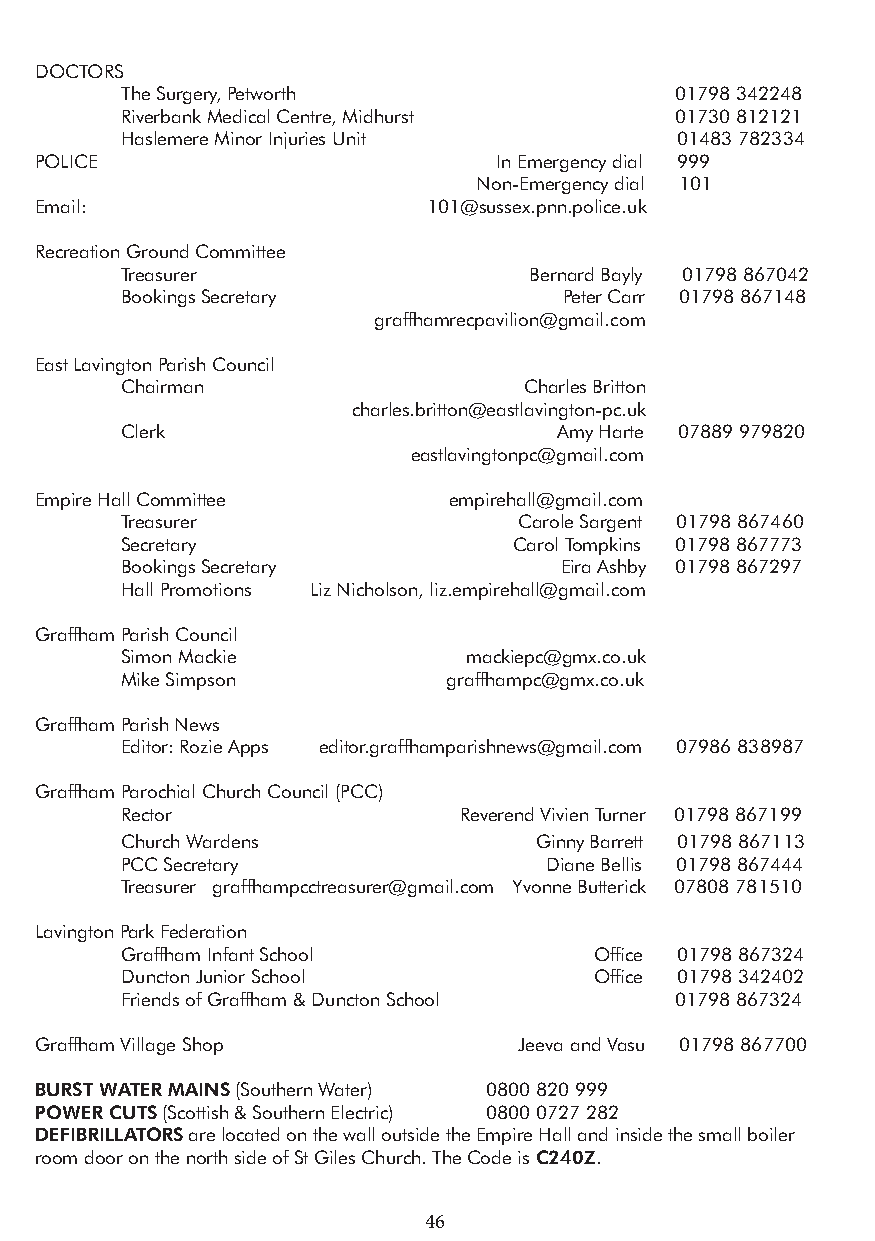
DOCTORS
 The Surgery, Petworth                01798 342248
 Riverbank Medical Centre, Midhurst   01730 812121
 Haslemere Minor Injuries Unit        01483 782334
 POLICE                         In Emergency dial 999
 Non-Emergency dial 101
 Email:                    101@sussex.pnn.police.uk
 Recreation Ground Committee
 Treasurer                  Bernard Bayly 01798 867042
 Bookings Secretary           Peter Carr 01798 867148
 graffhamrecpavilion@gmail.com
 East Lavington Parish Council
 Chairman                   Charles Britton
 charles.britton@eastlavington-pc.uk
 Clerk                        Amy Harte 07889 979820
 eastlavingtonpc@gmail.com
 Empire Hall Committee       empirehall@gmail.com
 Treasurer                 Carole Sargent 01798 867460
 Secretary                 Carol Tompkins 01798 867773
 Bookings Secretary           Eira Ashby 01798 867297
 Hall Promotions Liz Nicholson, liz.empirehall@gmail.com
 Graffham Parish Council
 Simon Mackie           mackiepc@gmx.co.uk
 Mike Simpson          graffhampc@gmx.co.uk
 Graffham Parish News
 Editor: Rozie Apps editor.graffhamparishnews@gmail.com 07986 838987
 Graffham Parochial Church Council (PCC)
 Rector                Reverend Vivien Turner 01798 867199
 Church Wardens             Ginny Barrett 01798 867113
 PCC Secretary               Diane Bellis 01798 867444
 Treasurer graffhampcctreasurer@gmail.com Yvonne Butterick 07808 781510
 Lavington Park Federation
 Graffham Infant School         Office 01798 867324
 Duncton Junior School          Office 01798 342402
 Friends of Graffham & Duncton School 01798 867324
 Graffham Village Shop           Jeeva and Vasu 01798 867700
 BURST WATER MAINS (Southern Water) 0800 820 999
 POWER CUTS (Scottish & Southern Electric) 0800 0727 282
 DEFIBRILLATORS are located on the wall outside the Empire Hall and inside the small boiler
 room door on the north side of St Giles Church. The Code is C240Z.
 46